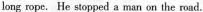
long rope. Hestopped a man on the road.